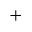
^ +